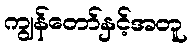
ကျွန်တော်နှင့်အတူ